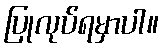
ပြုလုပ်ရမှာပါ။